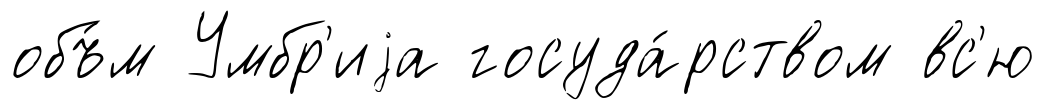
объ́м Умбр'иjа госуда́рством вс'ю